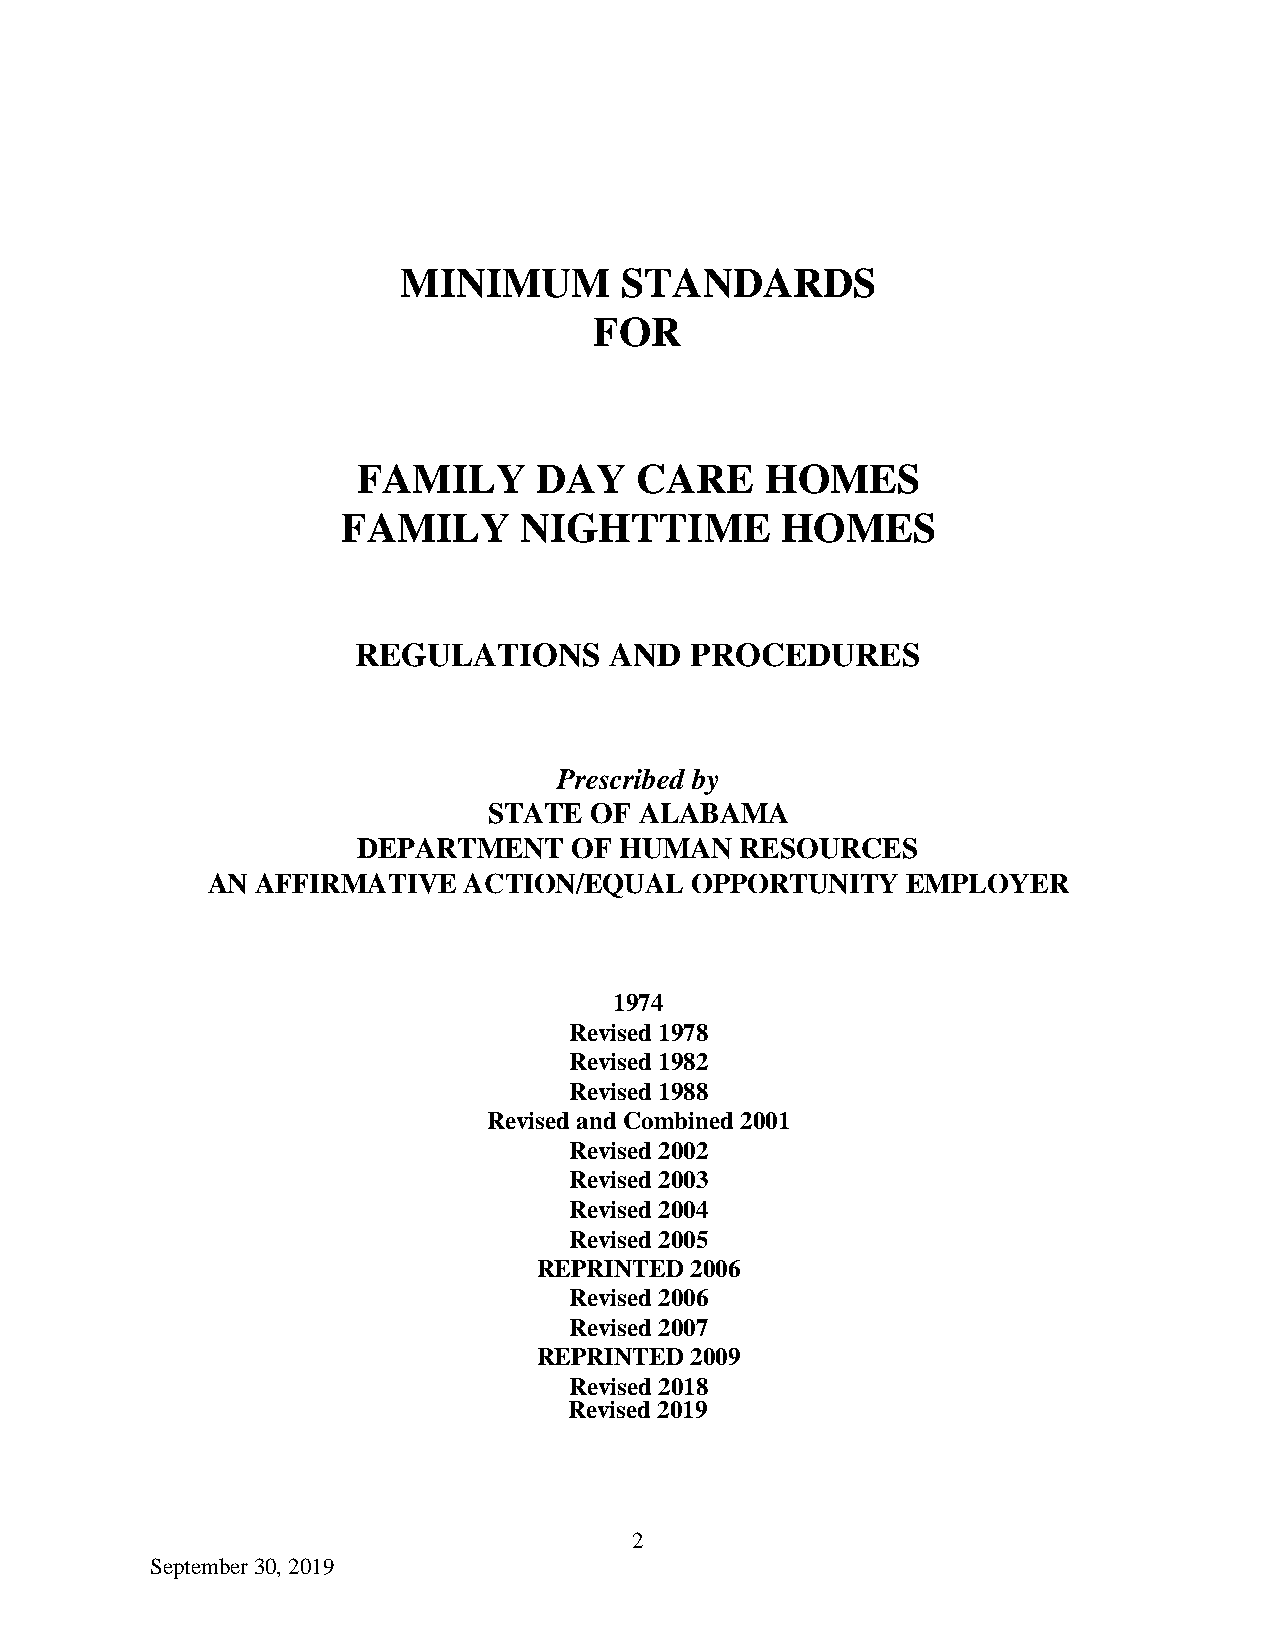
MINIMUM       STANDARDS
 FOR
 FAMILY      DAY   CARE     HOMES
 FAMILY     NIGHTTIME         HOMES
 REGULATIONS     AND   PROCEDURES
 Prescribed by
 STATE  OF ALABAMA
 DEPARTMENT    OF HUMAN   RESOURCES
 AN AFFIRMATIVE   ACTION/EQUAL   OPPORTUNITY   EMPLOYER
 1974
 Revised 1978
 Revised 1982
 Revised 1988
 Revised and Combined 2001
 Revised 2002
 Revised 2003
 Revised 2004
 Revised 2005
 REPRINTED 2006
 Revised 2006
 Revised 2007
 REPRINTED 2009
 Revised 2018
 Revised 2019
 2
 September 30, 2019